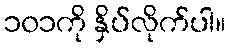
၁၀၁ကို နှိပ်လိုက်ပါ။